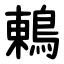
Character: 鶇